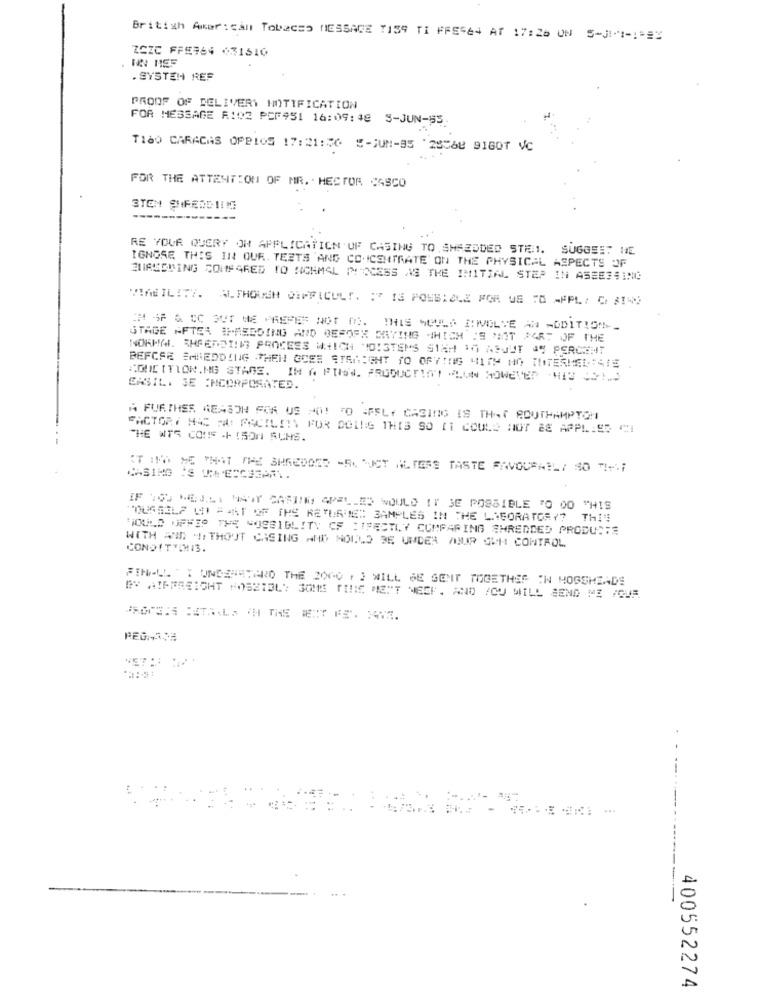
British American Tobacso MESSAGE TIS9 TI FFSSE4 AT 17:26 UN 5-3I"1-1 ==*
ZCZC FFE964 031610
. SYSTEH REF
PROOF OF DELIVERY HOTIFICATION
FOR MESSAGE A102 PCF951 16:09:48 S-JUN-55
T160 CARACAS OPBIOS 17:21:56 5-JUN-95 '25568 916QT VC
FOR THE ATTENTION OF MR. . HECTOR CASCO
STEN SHREDDIIM
RE YOUR QUERY OH APPLICATION OF CASING TO , SHREDDED STE1. SUGGSET HE
IGNORE THIS IN OUR. TEETS 'AND CO.ICSHTRATE ON THE PHYSICAL ASPECTS OF
ENASSWING COMPARED TO NOCHMAL PROCESS AS THE INITIAL STEP IN ASSESSING
VIABILITY. ALTHOUGH DIFFICULT. : 7 13 POWBIZLE FOR US TO APPL/ C 31)
EM SP & CC OUT ME PREFER NOT M).
THIS MOULS IRIVOLTE AN MODITIONS_
STAGE AFTER IHASDOING AND BEFORE DRYING WHICH IS MIT PART OF THE
NORMAL. SHEEDDINIS PROCESS WHICH NOISTEMS SICH TO ASJUT JS PERCENT
BEFCSE SHREDDING THEN GOSE STSNIGHT TO OFFING WITH NO TOTERHEL:415
CONDITION.NG STAGE. IN A FUNDS. PRODUCT!ITI "LUN MOWETER -HID JO !. )
EASIL. SE INCORPORATED.
FACTORY HAS MA FACILITY FOR CULES THIS SO IT COULD NOT &S APPLIES CI
THE WIS CONS ++ ISON ACHS.
CASINO
IF IG'S WERLY MANY CASTING SPELLED WOULD IT BE POSSIBLE 70 00 THIS
"OURSELF WNIAJAT OF THE RETURNE :: SAMPLES IN THE LABORATORY? THIS
WOULD OFFIS THE "OSSIBLITY CF : IFESTLY COMPARING SHREDDED PRODUCTS
WITH AND 4: THOOT CASING AND NOULO BE UMDER AHUR IUM CONTROL
CONOITTENI3.
FINALL "T UNDERSTAND THE 2000 1 } WILL BE SENT TOGETHER IN HOGSHEADS
BY AIERREICHT KOSZIBLY 3OMS TENE MENT NEEF. AND /CU WILL SEND ME /CUF
..
400552274